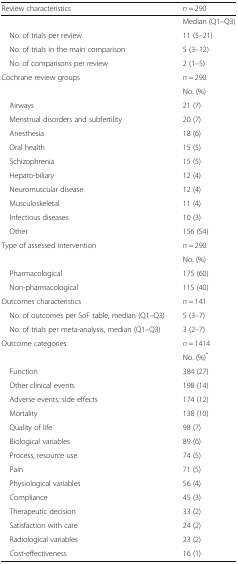
| Review characteristics | n = 290 |
 | --- | --- |
 |  | Median (Q1–Q3) |
 | No. of trials per review | 11 (5–21) |
 | No. of trials in the main comparison | 5 (3–12) |
 | No. of comparisons per review | 2 (1–5) |
 | Cochrane review groups | n = 290 |
 |  | No. (%) |
 | Airways | 21 (7) |
 | Menstrual disorders and subfertility | 20 (7) |
 | Anesthesia | 18 (6) |
 | Oral health | 15 (5) |
 | Schizophrenia | 15 (5) |
 | Hepato-biliary | 12 (4) |
 | Neuromuscular disease | 12 (4) |
 | Musculoskeletal | 11 (4) |
 | Infectious diseases | 10 (3) |
 | Other | 156 (54) |
 | Type of assessed intervention | n = 290 |
 |  | No. (%) |
 | Pharmacological | 175 (60) |
 | Non-pharmacological | 115 (40) |
 | Outcomes characteristics | n = 141 |
 | No. of outcomes per SoF table, median (Q1–Q3) | 5 (3–7) |
 | No. of trials per meta-analysis, median (Q1–Q3) | 3 (2–7) |
 | Outcome categories | n = 1414 |
 |  | No. (%)* |
 | Function | 384 (27) |
 | Other clinical events | 198 (14) |
 | Adverse events; side effects | 174 (12) |
 | Mortality | 138 (10) |
 | Quality of life | 98 (7) |
 | Biological variables | 89 (6) |
 | Process, resource use | 74 (5) |
 | Pain | 71 (5) |
 | Physiological variables | 56 (4) |
 | Compliance | 45 (3) |
 | Therapeutic decision | 33 (2) |
 | Satisfaction with care | 24 (2) |
 | Radiological variables | 23 (2) |
 | Cost-effectiveness | 16 (1) |